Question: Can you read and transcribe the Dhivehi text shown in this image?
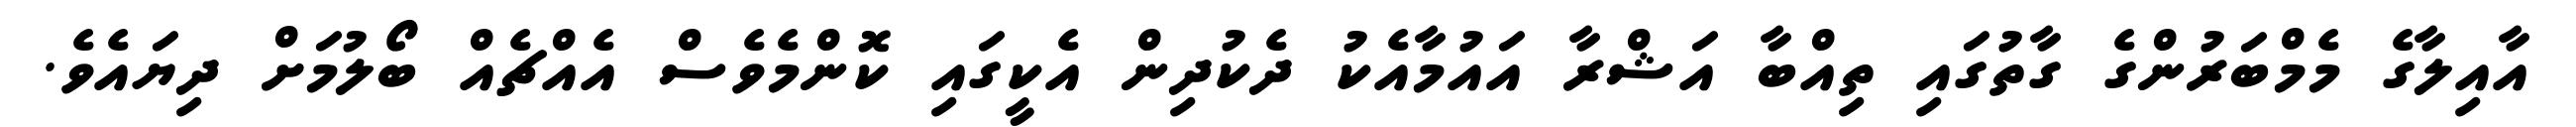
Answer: އާއިލާގެ މެމްބަރުންގެ ގާތުގައި ތިއްބާ އަޝްރާ އައުމާއެކު ދެކުދިން އެކީގައި ކޮންމެވެސް އެއްޗެއް ބޯލުމަށް ދިޔައެވެ.